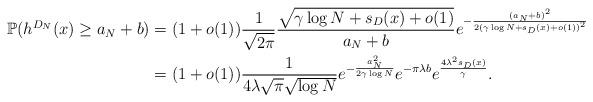
LaTeX: \begin{align*}\mathbb{P}(h^{D_{N}}(x)\geq a_{N}+b)&=(1+o(1))\frac{1}{\sqrt{2\pi}}\frac{\sqrt{\gamma\log N+s_{D}(x)+o(1)}}{a_{N}+b}e^{-\frac{(a_{N}+b)^{2}}{2(\gamma\log N+s_{D}(x)+o(1))^{2}}}\\&=(1+o(1))\frac{1}{4\lambda\sqrt{\pi}\sqrt{\log N}}e^{-\frac{a_{N}^{2}}{2\gamma\log N}}e^{-\pi\lambda b}e^{\frac{4\lambda^{2}s_{D}(x)}{\gamma}}.\end{align*}